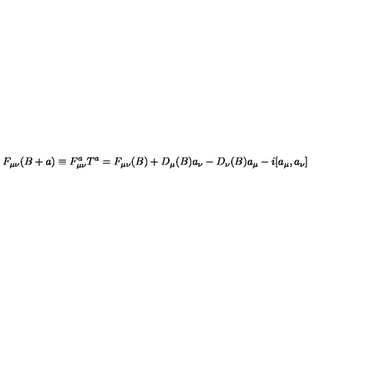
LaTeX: F _ { \mu \nu } ( B + a ) \equiv F _ { \mu \nu } ^ { a } T ^ { a } = F _ { \mu \nu } ( B ) + D _ { \mu } ( B ) a _ { \nu } - D _ { \nu } ( B ) a _ { \mu } - i [ a _ { \mu } , a _ { \nu } ]